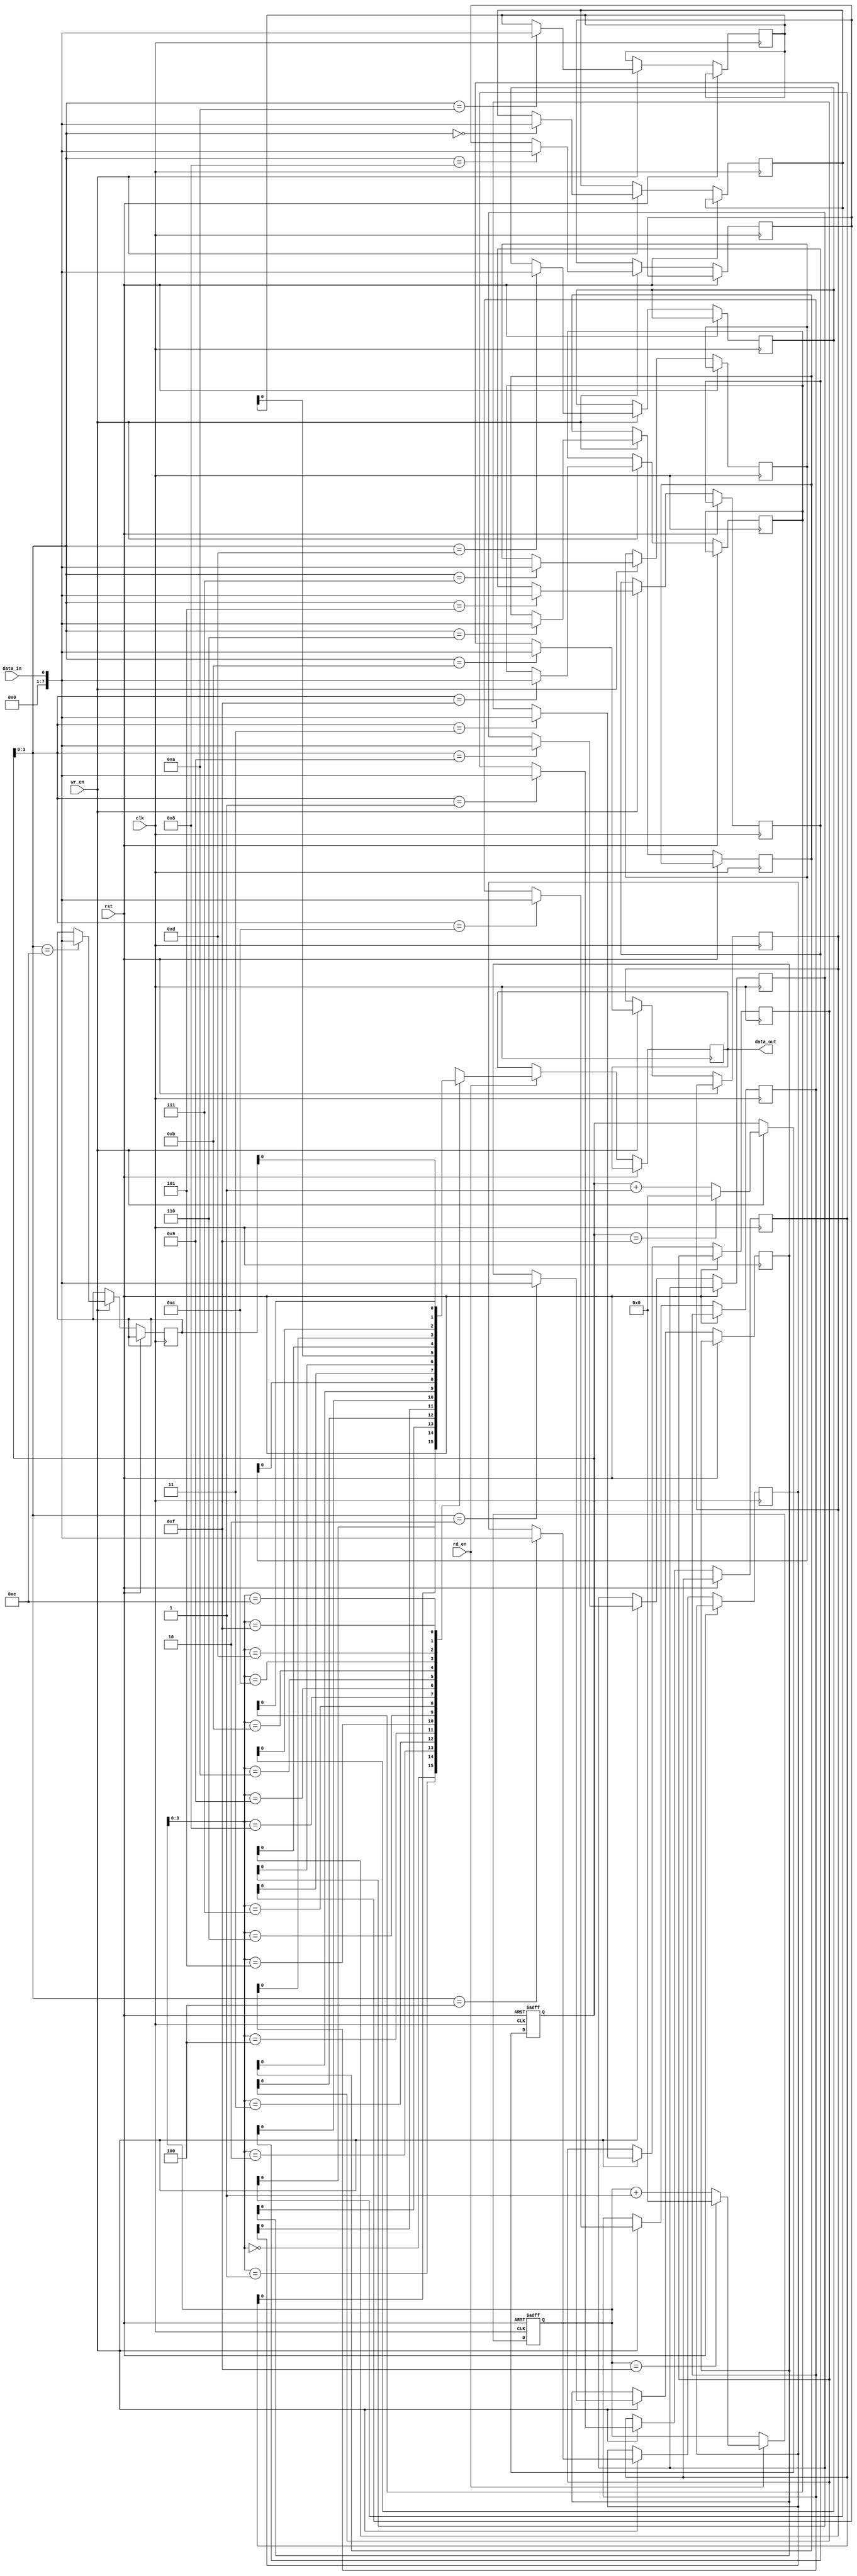
module circular_fifo (
    input wire clk,             // Clock input
    input wire rst,             // Reset input
    
    input wire wr_en,           // Write enable input
    input wire rd_en,           // Read enable input
    input wire data_in,         // Input data
    output wire data_out        // Output data
);

parameter WIDTH = 8;            // Width of each data element
parameter DEPTH = 16;           // Depth of the FIFO

reg [WIDTH-1:0] fifo [0:DEPTH-1];   // Array to hold FIFO data
reg [WIDTH-1:0] read_pointer;       // Read pointer
reg [WIDTH-1:0] write_pointer;      // Write pointer

// Write logic
always @(posedge clk or posedge rst)
begin
    if (rst)
    begin
        write_pointer <= 0;
    end
    else if (wr_en)
    begin
        fifo[write_pointer] <= data_in;
        write_pointer <= (write_pointer == DEPTH-1) ? 0 : write_pointer + 1;
    end
end

// Read logic
always @(posedge clk or posedge rst)
begin
    if (rst)
    begin
        read_pointer <= 0;
    end
    else if (rd_en)
    begin
        data_out <= fifo[read_pointer];
        read_pointer <= (read_pointer == DEPTH-1) ? 0 : read_pointer + 1;
    end
end

endmodule